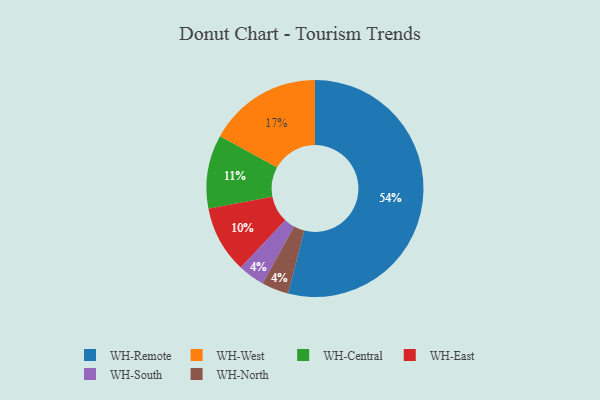
{"axis": {"x": "Category", "y": "Percentage"}, "legend": ["WH-Central", "WH-East", "WH-North", "WH-Remote", "WH-South", "WH-West"], "data": [{"x": "WH-South", "y": 4, "type": "WH-South"}, {"x": "WH-North", "y": 4, "type": "WH-North"}, {"x": "WH-West", "y": 17, "type": "WH-West"}, {"x": "WH-Central", "y": 11, "type": "WH-Central"}, {"x": "WH-Remote", "y": 54, "type": "WH-Remote"}, {"x": "WH-East", "y": 10, "type": "WH-East"}]}